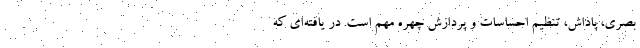
بصری، پاداش، تنظیم احساسات و پردازش چهره مهم است. در یافته‌ای که